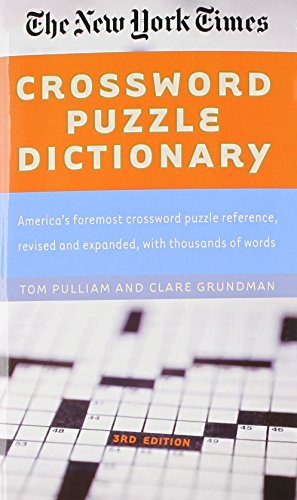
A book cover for The New York Times Crossword Puzzle Dictionary (Puzzles & Games Reference Guides); Tom Pulliam; Humor & Entertainment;